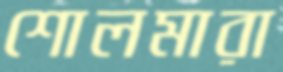
শোলমারা